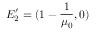
E _ { 2 } ^ { \prime } = ( 1 - \frac { 1 } { \mu _ { 0 } } , 0 )